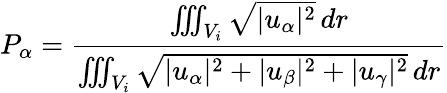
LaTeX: P_{\alpha}=\frac{\iiint_{V_{i}}\sqrt{|u_{\alpha}|^{2}}\, dr}{\iiint_{V_{i}}\sqrt{|u_{\alpha}|^{2}+|u_{\beta}|^{2}+|u_{\gamma}|^{2}}\, dr}